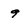
Character: 9